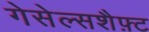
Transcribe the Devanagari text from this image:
गेसेल्सशैफ़्ट